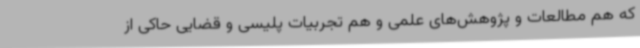
که هم مطالعات و پژوهش‌های علمی و هم تجربیات پلیسی و قضایی حاکی از